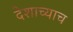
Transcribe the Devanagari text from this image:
देशाच्याच